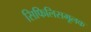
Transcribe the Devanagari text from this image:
सिफिलिसमूलक